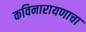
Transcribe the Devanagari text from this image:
कविनारायणाचा